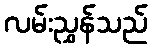
လမ်းညွှန်သည်